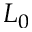
L _ { 0 }